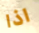
اذا